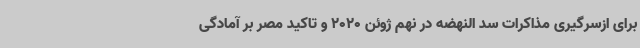
برای ازسرگیری مذاکرات سد النهضه در نهم ژوئن 2020 و تاکید مصر بر آمادگی